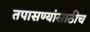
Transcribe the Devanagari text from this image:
तपासण्यांसाठीच